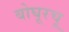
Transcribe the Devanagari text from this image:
बोघूरचू